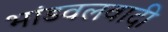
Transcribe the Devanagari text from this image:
भांडवलवादी